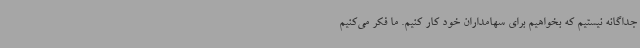
جداگانه نیستیم که بخواهیم برای سهامداران خود کار کنیم. ما فکر می‌کنیم